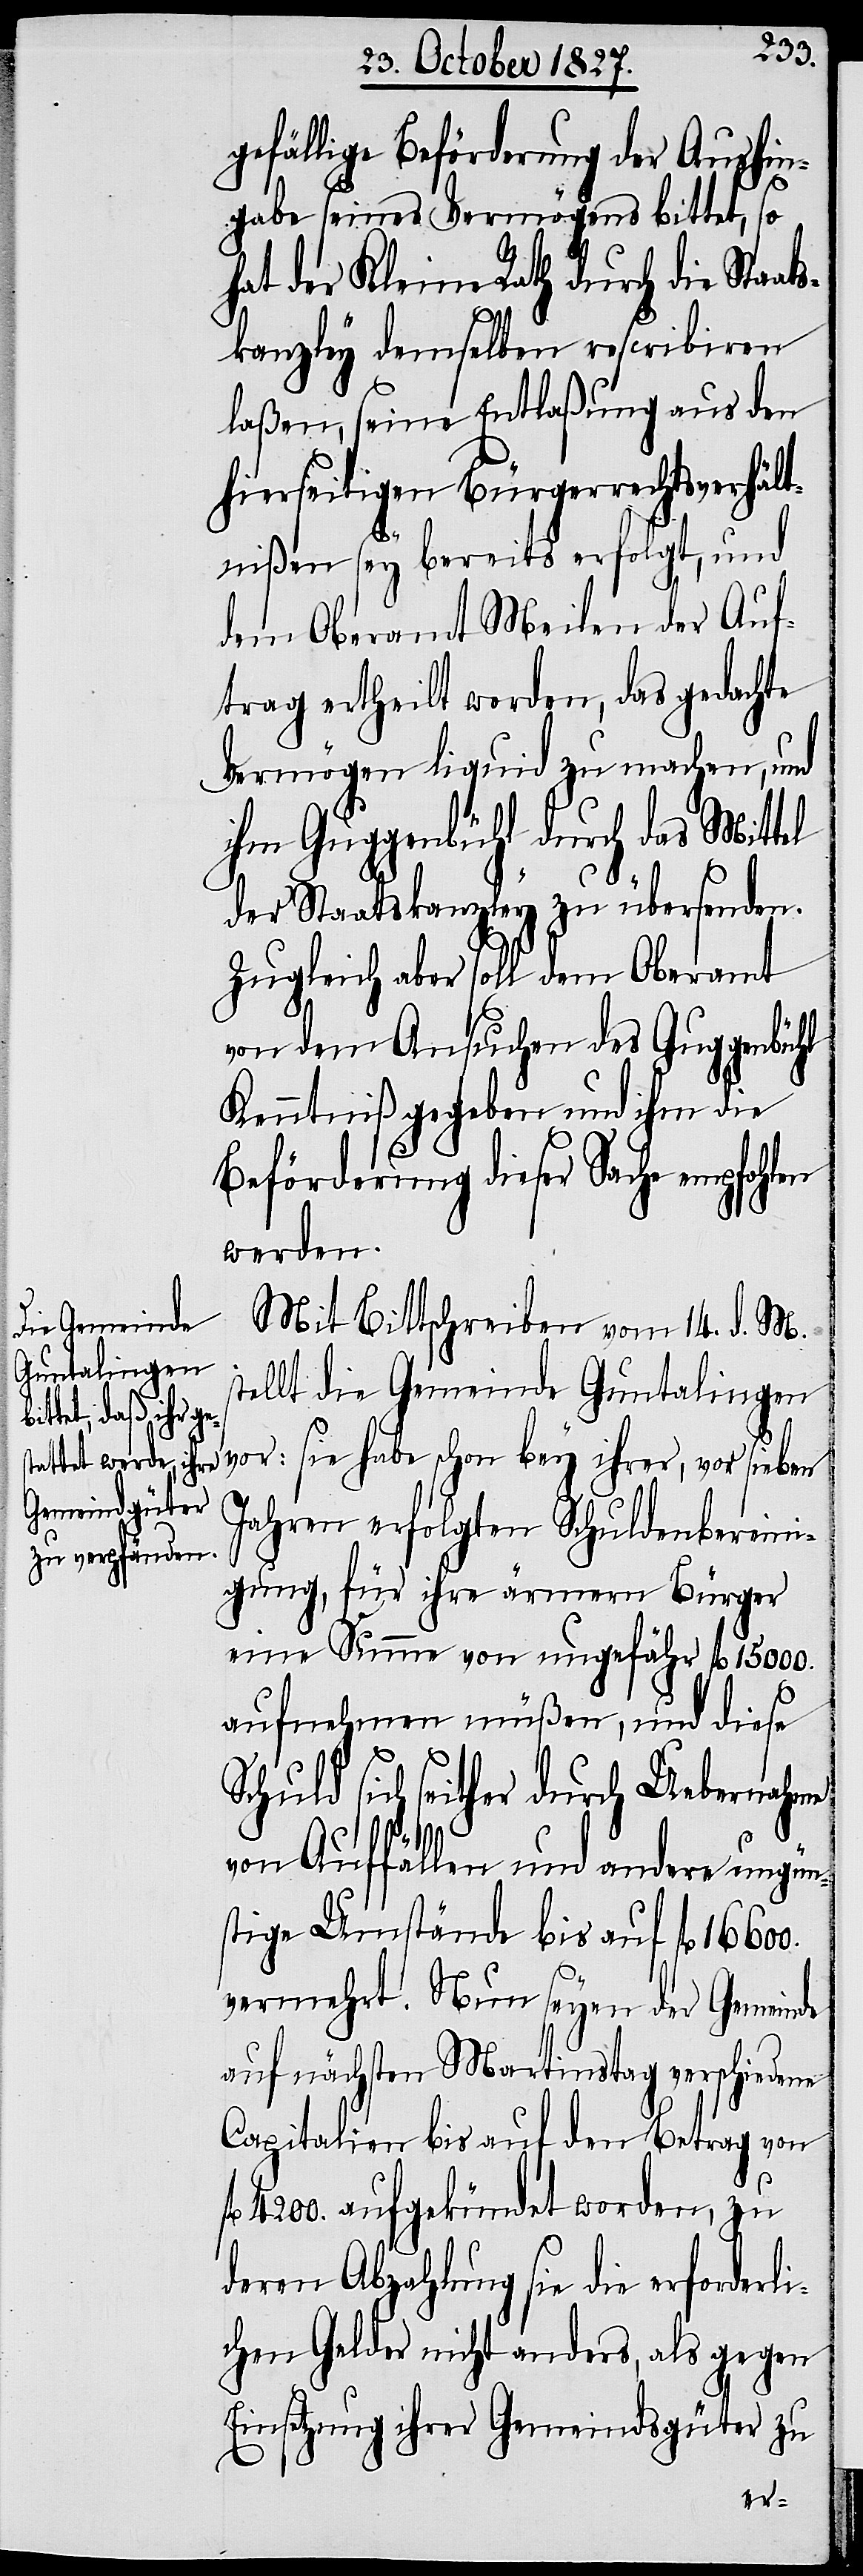
s¬
gefällige Beförderung der Aushin¬
gabe seines Vermögens bittet, so
hat der Kleine Rath durch die Staa¬
kanzley demselben rescribiren
laßen, seine Entlaßung aus den
hierseitigen Bürgerrechtsverhält¬
nißen sey bereits erfolgt, und
dem Oberamt Meilen der Auf¬
trag ertheilt worden, das gedachte
Vermögen liquid zu machen, und
ihm Guggenbühl durch das Mittel
der Staatskanzley zu übersenden.
Zugleich aber soll dem Oberamt
von dem Ansuchen des Guggenbühl
Kenntniß gegeben und ihm die
Beförderung dieser Sache empfohlen
werden.
Mit Bittschreiben vom 14. d. M.
tellt die Gemeinde Guntalingen
vor: sie habe schon bey ihrer, vor sieben
Jahren erfolgten Schuldenbereini¬
gung, für ihre ärmern Bürger
eine Summe von ungefähr fl. 15000.
aufnehmen müßen, und diese
Schuld sich seither durch Uebernahme
von Auffällen und andere ungün¬
stige Umstände bis auf fl.
vermehrt. Nun seyen der Gemeinde
auf nächsten Martinstag verschiedene
Capitalien bis auf den Betrag von
4200. aufgekündet worden, zu
deren Abzahlung sie die erforderli¬
chen Gelder nicht anders, als gegen
Einsetzung ihrer Gemeindsgüter zu